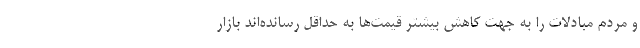
و مردم مبادلات را به جهت کاهش بیشتر قیمت‌ها به حداقل رسانده‌اند بازار